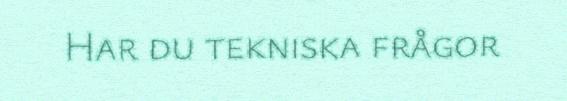
Har du tekniska frågor